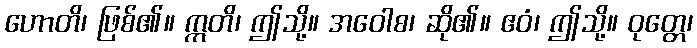
ဟောတိ၊ ဖြစ်၏။ ဣတိ၊ ဤသို့။ အဝေါစ၊ ဆို၏။ ဧဝံ၊ ဤသို့။ ဝုတ္တေ၊